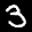
Label: 3